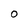
Character: O